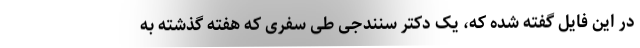
در این فایل گفته شده که، یک دکتر سنندجی طی سفری که هفته گذشته به